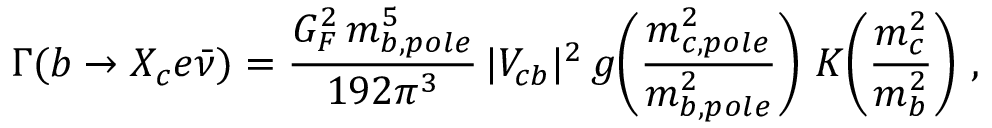
\Gamma ( b \to X _ { c } e \bar { \nu } ) = \frac { G _ { F } ^ { 2 } \, m _ { b , p o l e } ^ { 5 } } { 1 9 2 \pi ^ { 3 } } \, | V _ { c b } | ^ { 2 } \, g \! \left( \frac { m _ { c , p o l e } ^ { 2 } } { m _ { b , p o l e } ^ { 2 } } \right) \, K \! \left( \frac { m _ { c } ^ { 2 } } { m _ { b } ^ { 2 } } \right) \, ,